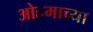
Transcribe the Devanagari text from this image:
ओहमाच्या